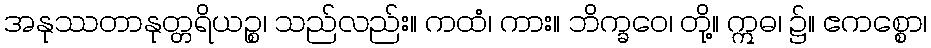
အနုဿတာနုတ္တရိယဉ္စ၊ သည်လည်း။ ကထံ၊ ကား။ ဘိက္ခဝေ၊ တို့။ ဣဓ၊ ၌။ ဧကစ္စော၊